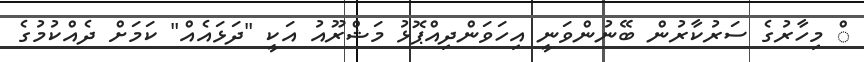
ް މިހާރުގެ ސަރުކާރުން ބޭނުންވަނީ އިހަވަންދިއްޕޮޅު މަޝްރޫއު އަކީ "ދަޅައެއް" ކަމަށް ދެއްކުމުގެ